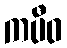
ကပီဝ